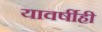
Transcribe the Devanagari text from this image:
यावर्षीही